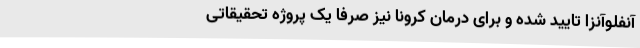
آنفلوآنزا تایید شده و برای درمان کرونا نیز صرفا یک پروژه تحقیقاتی